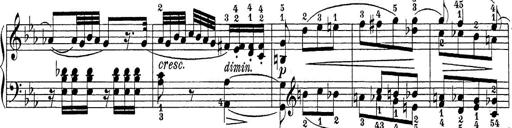
Title: Sonatina Album
Composer: Louis KÃ¶hler